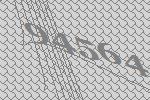
94564